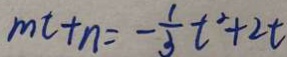
m t + n = - \frac { 1 } { 3 } t ^ { 2 } + 2 t